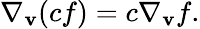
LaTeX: \nabla_{\mathbf{v}}(cf)=c\nabla_{\mathbf{v}}f.